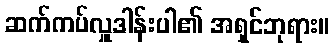
ဆက်ကပ်လှူဒါန်းပါ၏ အရှင်ဘုရား။